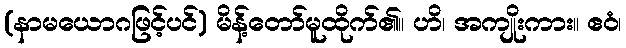
(နာမယောဂဖြင့်ပင်) မိန့်တော်မူထိုက်၏။ ဟိ၊ အကျိုးကား။ ဧဝံ၊